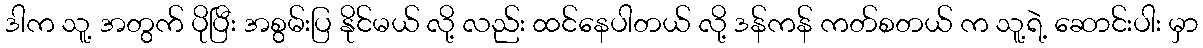
ဒါက သူ့ အတွက် ပိုပြီး အစွမ်းပြ နိုင်မယ် လို့ လည်း ထင်နေပါတယ် လို့ ဒန်ကန် ကတ်စတယ် က သူ့ရဲ့ ဆောင်းပါး မှာ